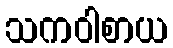
သကဝါစာယ